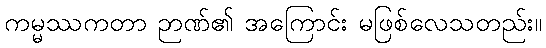
ကမ္မဿကတာ ဉာဏ်၏ အကြောင်း မဖြစ်လေသတည်း။